Sanitation, dispensaries and jails vaccination Rajputana 1922-1927 - 1922-1927
Year: 1922
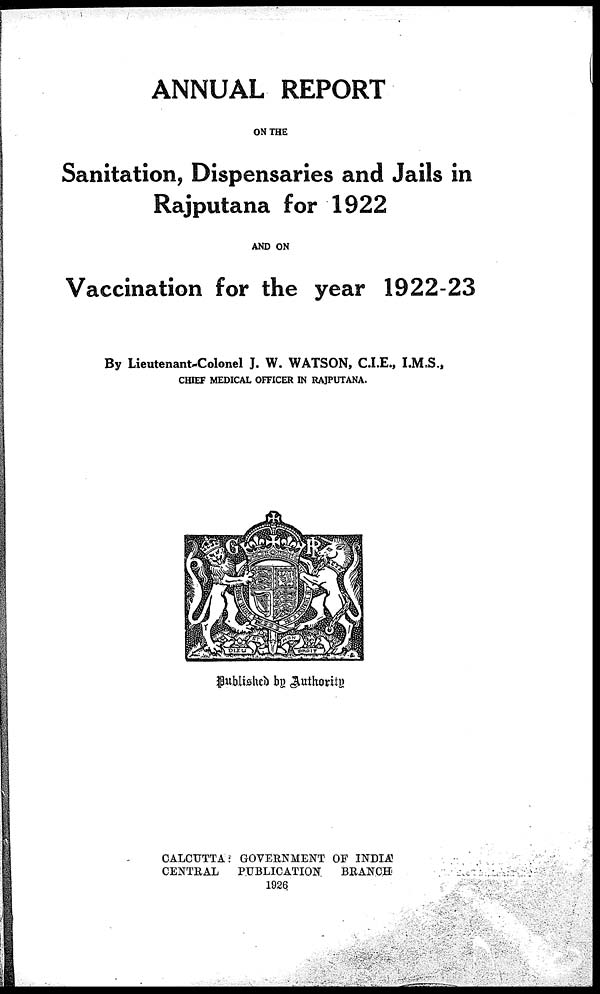
ANNUAL REPORT
ON THE
Sanitation, Dispensaries and Jails in
Rajputana for 1922
AND ON
Vaccination for the year 1922-23
By Lieutenant-Colonel J. W. WATSON, C.I.E., I.M.S.,
CHIEF MEDICAL OFFICER IN RAJPUTANA.
Published by Authority
CALCUTTA: GOVERNMENT OF INDIA
CENTRAL
PUBLICATION
BRANCH
1926